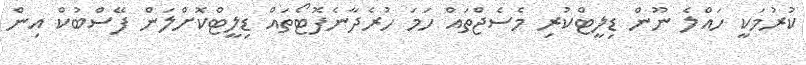
ކުރުމަކީ ހައްލެ ނޫން ޑިލީޓްކުރި މެސެޖްތައް ހަމަ ހުރެދާނެފޮޓޯތައް ޑިލީޓްކޮށްލަން ފޭސްބުކް އިން